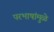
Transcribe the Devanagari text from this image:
परभाषांमुळे